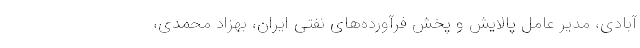
آبادی، مدیر عامل پالایش و پخش فرآورده‌های نفتی ایران، بهزاد محمدی،